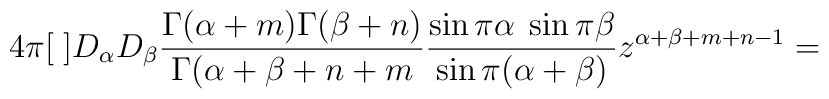
4\pi[\;]D_{\alpha}D_{\beta}\frac {\Gamma(\alpha+m)\Gamma(\beta+n)}{\Gamma(\alpha+\beta+n+m}\frac {\sin\pi\alpha\;\sin\pi\beta} {\sin\pi(\alpha+\beta)}z^{\alpha+\beta+m+n-1}=